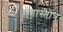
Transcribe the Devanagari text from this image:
गंगास्तोत्र